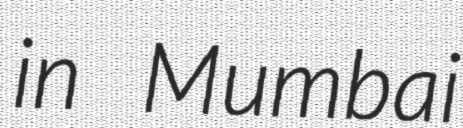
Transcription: in Mumbai